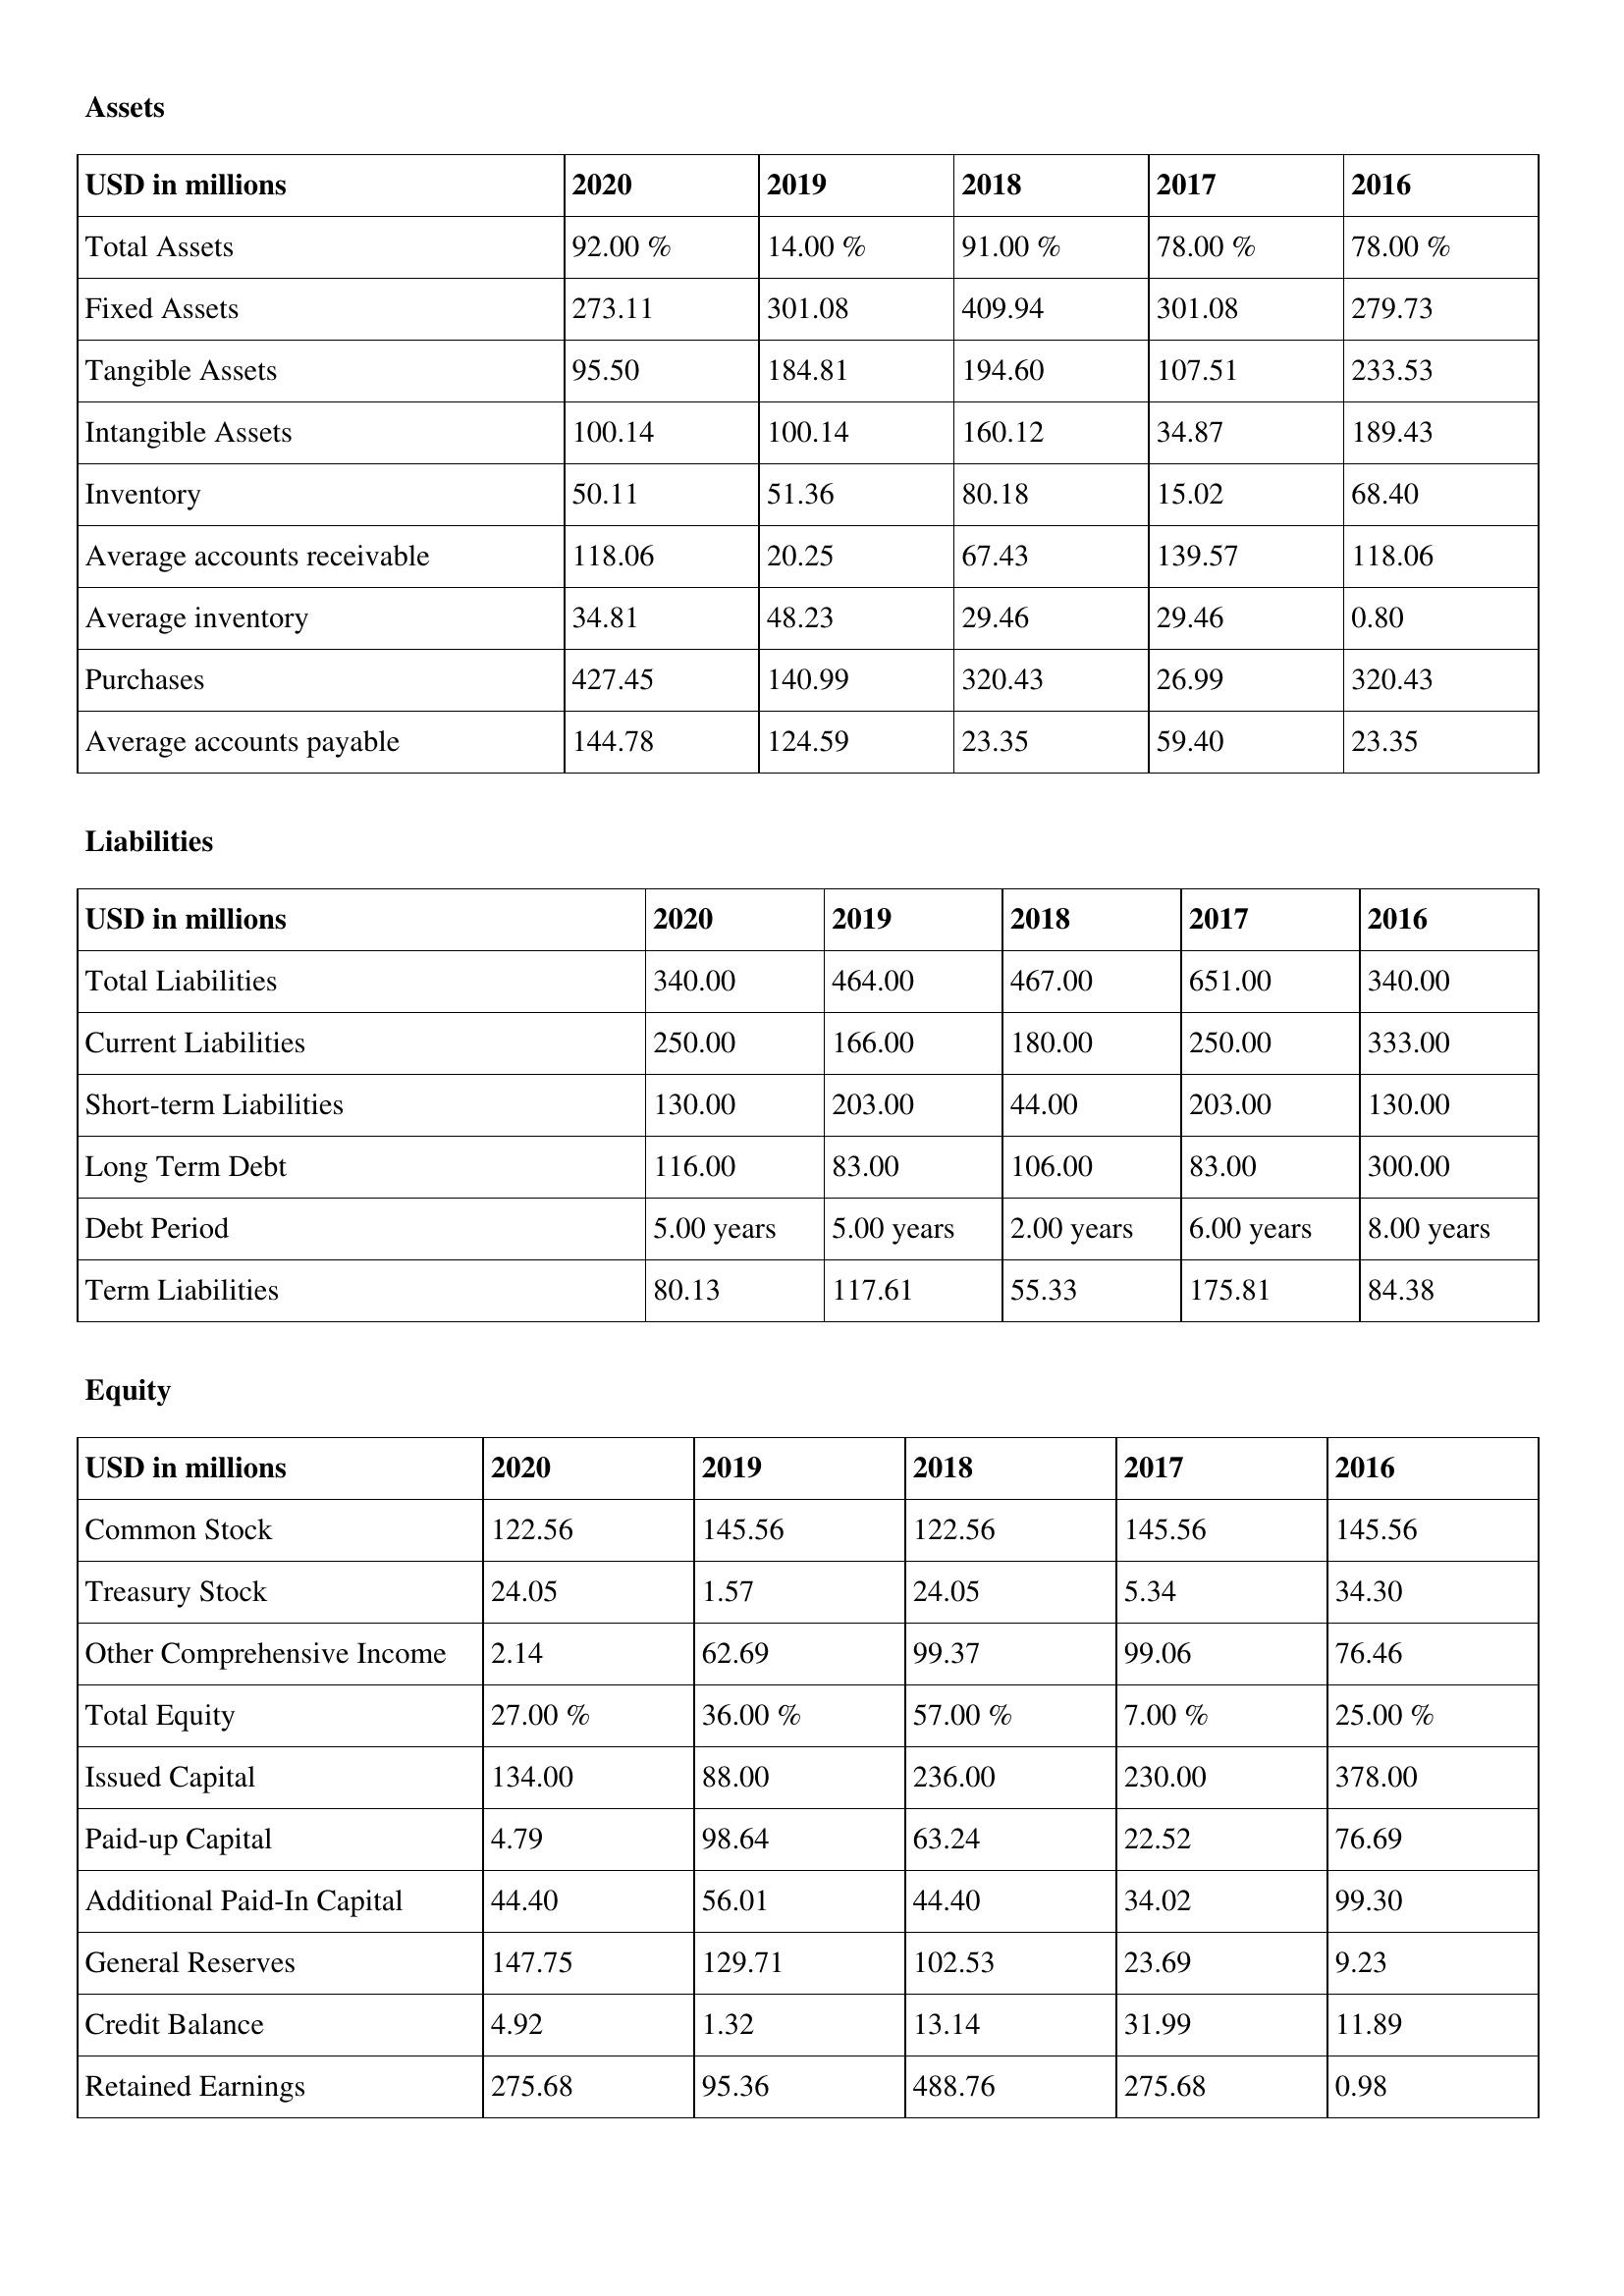
gt_parse: 2020: Assets: Total Assets: 92.00 %
Fixed Assets: 273.11
Tangible Assets: 95.50
Intangible Assets: 100.14
Inventory: 50.11
Average accounts receivable: 118.06
Average inventory: 34.81
Purchases: 427.45
Average accounts payable: 144.78
Liabilities: Total Liabilities: 340.00
Current Liabilities: 250.00
Short-term Liabilities: 130.00
Long Term Debt: 116.00
Debt Period: 5.00 years
Term Liabilities: 80.13
Equity: Common Stock: 122.56
Treasury Stock: 24.05
Other Comprehensive Income: 2.14
Total Equity: 27.00 %
Issued Capital: 134.00
Paid-up Capital: 4.79
Additional Paid-In Capital: 44.40
General Reserves: 147.75
Credit Balance: 4.92
Retained Earnings: 275.68
2019: Assets: Total Assets: 14.00 %
Fixed Assets: 301.08
Tangible Assets: 184.81
Intangible Assets: 100.14
Inventory: 51.36
Average accounts receivable: 20.25
Average inventory: 48.23
Purchases: 140.99
Average accounts payable: 124.59
Liabilities: Total Liabilities: 464.00
Current Liabilities: 166.00
Short-term Liabilities: 203.00
Long Term Debt: 83.00
Debt Period: 5.00 years
Term Liabilities: 117.61
Equity: Common Stock: 145.56
Treasury Stock: 1.57
Other Comprehensive Income: 62.69
Total Equity: 36.00 %
Issued Capital: 88.00
Paid-up Capital: 98.64
Additional Paid-In Capital: 56.01
General Reserves: 129.71
Credit Balance: 1.32
Retained Earnings: 95.36
2018: Assets: Total Assets: 91.00 %
Fixed Assets: 409.94
Tangible Assets: 194.60
Intangible Assets: 160.12
Inventory: 80.18
Average accounts receivable: 67.43
Average inventory: 29.46
Purchases: 320.43
Average accounts payable: 23.35
Liabilities: Total Liabilities: 467.00
Current Liabilities: 180.00
Short-term Liabilities: 44.00
Long Term Debt: 106.00
Debt Period: 2.00 years
Term Liabilities: 55.33
Equity: Common Stock: 122.56
Treasury Stock: 24.05
Other Comprehensive Income: 99.37
Total Equity: 57.00 %
Issued Capital: 236.00
Paid-up Capital: 63.24
Additional Paid-In Capital: 44.40
General Reserves: 102.53
Credit Balance: 13.14
Retained Earnings: 488.76
2017: Assets: Total Assets: 78.00 %
Fixed Assets: 301.08
Tangible Assets: 107.51
Intangible Assets: 34.87
Inventory: 15.02
Average accounts receivable: 139.57
Average inventory: 29.46
Purchases: 26.99
Average accounts payable: 59.40
Liabilities: Total Liabilities: 651.00
Current Liabilities: 250.00
Short-term Liabilities: 203.00
Long Term Debt: 83.00
Debt Period: 6.00 years
Term Liabilities: 175.81
Equity: Common Stock: 145.56
Treasury Stock: 5.34
Other Comprehensive Income: 99.06
Total Equity: 7.00 %
Issued Capital: 230.00
Paid-up Capital: 22.52
Additional Paid-In Capital: 34.02
General Reserves: 23.69
Credit Balance: 31.99
Retained Earnings: 275.68
2016: Assets: Total Assets: 78.00 %
Fixed Assets: 279.73
Tangible Assets: 233.53
Intangible Assets: 189.43
Inventory: 68.40
Average accounts receivable: 118.06
Average inventory: 0.80
Purchases: 320.43
Average accounts payable: 23.35
Liabilities: Total Liabilities: 340.00
Current Liabilities: 333.00
Short-term Liabilities: 130.00
Long Term Debt: 300.00
Debt Period: 8.00 years
Term Liabilities: 84.38
Equity: Common Stock: 145.56
Treasury Stock: 34.30
Other Comprehensive Income: 76.46
Total Equity: 25.00 %
Issued Capital: 378.00
Paid-up Capital: 76.69
Additional Paid-In Capital: 99.30
General Reserves: 9.23
Credit Balance: 11.89
Retained Earnings: 0.98